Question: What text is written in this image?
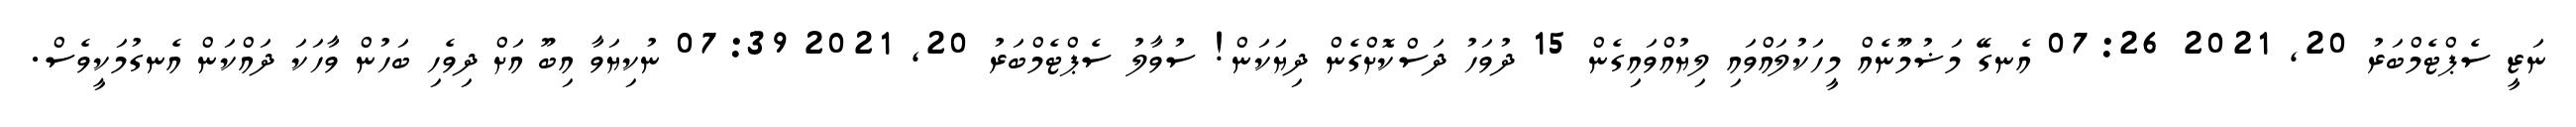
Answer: ނަޒީ ސެޕްޓެމްބަރު 20, 2021 07:26 އެނގޭ މަޟުމޫނެއް މީހަކުލައްވައި ލިޔުއްވައިގެން 15 ދުވަހު ދަސްކޮށްގެން ދިޔަކަން! ސުވާލު ސެޕްޓެމްބަރު 20, 2021 07:39 ނުކިޔަވާ އިބޫ އަށް ދިވެހި ބަހުން ވާހަކަ ދައްކަން އެނގުމަކީވެސް.